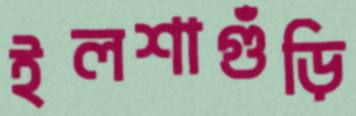
ইলশাগুঁড়ি